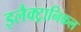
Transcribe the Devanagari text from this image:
इलैक्ट्रानिकल